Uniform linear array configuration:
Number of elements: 64
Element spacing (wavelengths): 1
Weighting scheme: blackman
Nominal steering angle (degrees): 60
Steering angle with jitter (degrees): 61.256
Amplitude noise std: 0.05
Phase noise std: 0.05

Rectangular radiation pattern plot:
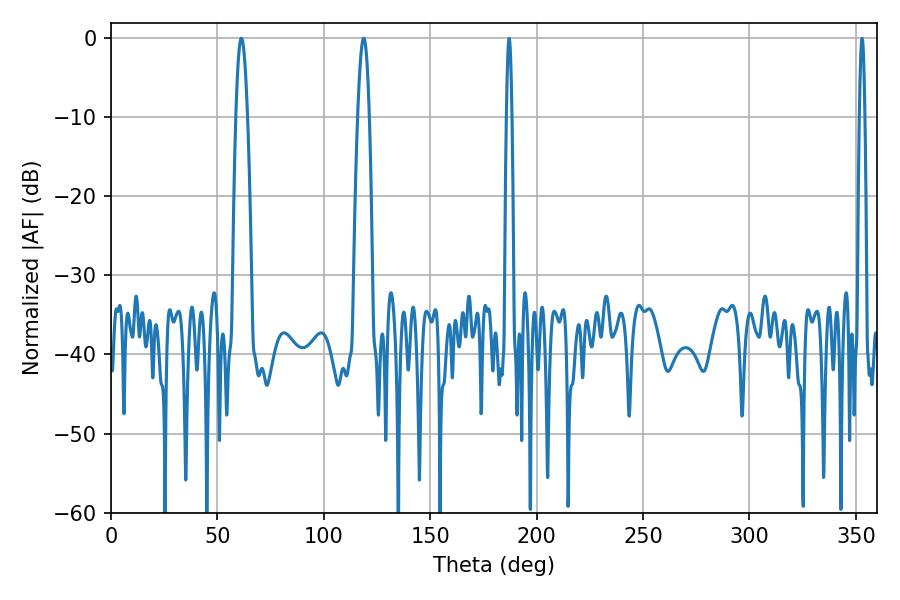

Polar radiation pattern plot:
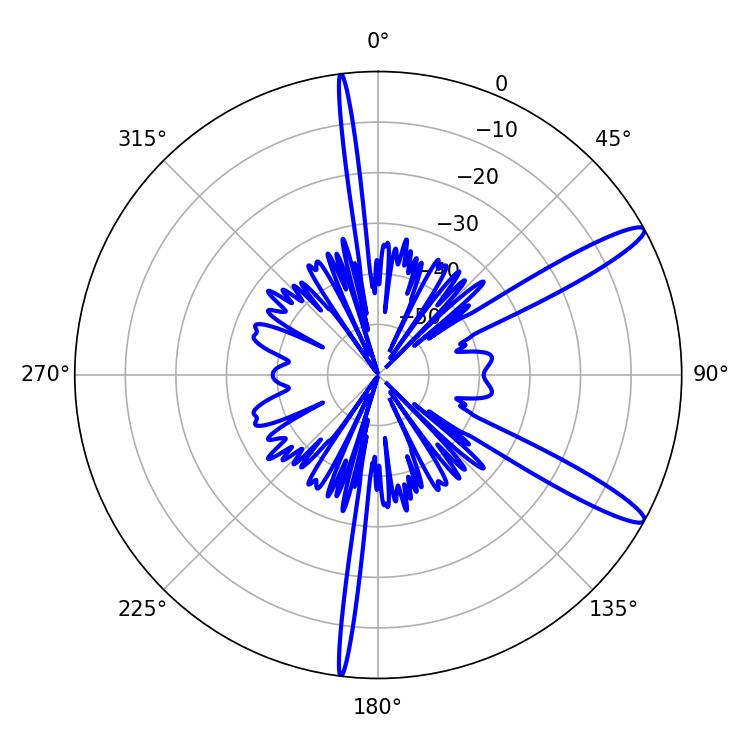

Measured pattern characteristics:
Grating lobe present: TRUE
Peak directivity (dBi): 13.305
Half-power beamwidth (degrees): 3.06
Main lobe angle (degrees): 61.2